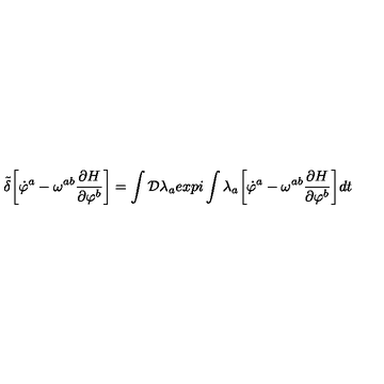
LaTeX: { \tilde { \delta } } \biggl [ { \dot { \varphi } } ^ { a } - \omega ^ { a b } { \frac { \partial H } { \partial \varphi ^ { b } } } \biggr ] = \int { \cal D } \lambda _ { a } e x p i \int \lambda _ { a } \biggl [ { \dot { \varphi } } ^ { a } - \omega ^ { a b } { \frac { \partial H } { \partial \varphi ^ { b } } } \biggr ] d t